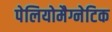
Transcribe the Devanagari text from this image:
पेलियोमैग्नेटिक